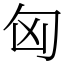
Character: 匈